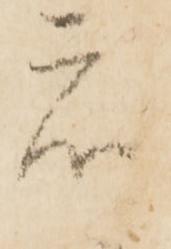
衆